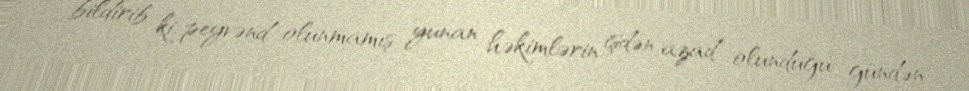
bildirib ki, peyvənd olunmamış yunan həkimlərin işdən azad olunduğu gündən